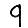
Digit: 9